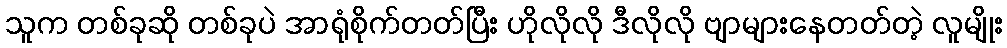
သူက တစ်ခုဆို တစ်ခုပဲ အာရုံစိုက်တတ်ပြီး ဟိုလိုလို ဒီလိုလို ဗျာများနေတတ်တဲ့ လူမျိုး